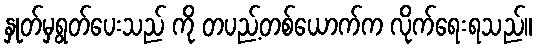
နှုတ်မှရွတ်ပေးသည် ကို တပည့်တစ်ယောက်က လိုက်ရေးရသည်။